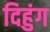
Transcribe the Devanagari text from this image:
दिहुंग